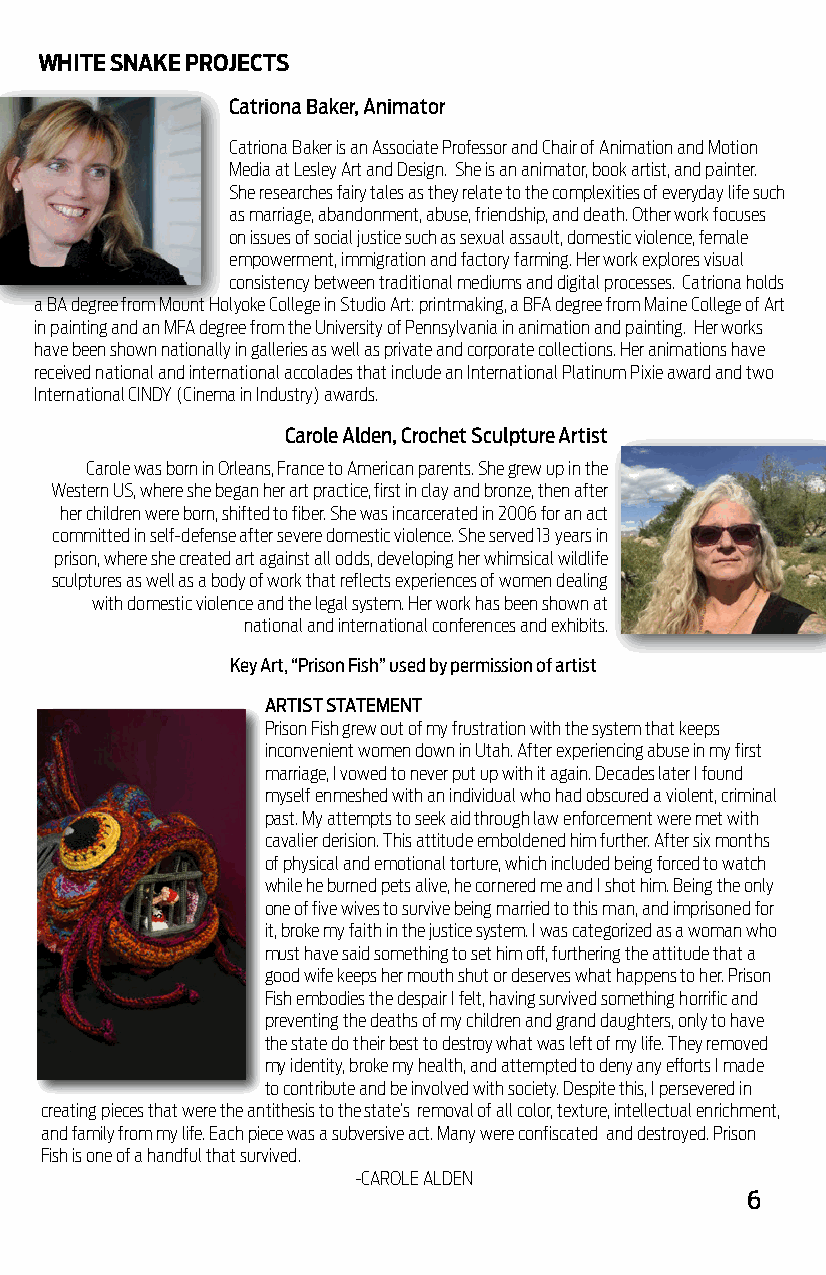
WHITE SNAKE PROJECTS
 Catriona Baker, Animator
 Catriona Baker is an Associate Professor and Chair of Animation and Motion
 Media at Lesley Art and Design. She is an animator, book artist, and painter.
 She researches fairy tales as they relate to the complexities of everyday life such
 as marriage, abandonment, abuse, friendship, and death. Other work focuses
 on issues of social justice such as sexual assault, domestic violence, female
 empowerment, immigration and factory farming. Her work explores visual
 consistency between traditional mediums and digital processes. Catriona holds
 a BA degree from Mount Holyoke College in Studio Art: printmaking, a BFA degree from Maine College of Art
 in painting and an MFA degree from the University of Pennsylvania in animation and painting. Her works
 have been shown nationally in galleries as well as private and corporate collections. Her animations have
 received national and international accolades that include an International Platinum Pixie award and two
 International CINDY (Cinema in Industry) awards.
 Carole Alden, Crochet Sculpture Artist
 Carole was born in Orleans, France to American parents. She grew up in the
 Western US, where she began her art practice, first in clay and bronze, then after
 her children were born, shifted to fiber. She was incarcerated in 2006 for an act
 committed in self-defense after severe domestic violence. She served 13 years in
 prison, where she created art against all odds, developing her whimsical wildlife
 sculptures as well as a body of work that reflects experiences of women dealing
 with domestic violence and the legal system. Her work has been shown at
 national and international conferences and exhibits.
 Key Art, “Prison Fish” used by permission of artist
 ARTIST STATEMENT
 Prison Fish grew out of my frustration with the system that keeps
 inconvenient women down in Utah. After experiencing abuse in my first
 marriage, I vowed to never put up with it again. Decades later I found
 myself enmeshed with an individual who had obscured a violent, criminal
 past. My attempts to seek aid through law enforcement were met with
 cavalier derision. This attitude emboldened him further. After six months
 of physical and emotional torture, which included being forced to watch
 while he burned pets alive, he cornered me and I shot him. Being the only
 one of five wives to survive being married to this man, and imprisoned for
 it, broke my faith in the justice system. I was categorized as a woman who
 must have said something to set him off, furthering the attitude that a
 good wife keeps her mouth shut or deserves what happens to her. Prison
 Fish embodies the despair I felt, having survived something horrific and
 preventing the deaths of my children and grand daughters, only to have
 the state do their best to destroy what was left of my life. They removed
 my identity, broke my health, and attempted to deny any efforts I made
 to contribute and be involved with society. Despite this, I persevered in
 creating pieces that were the antithesis to the state’s removal of all color, texture, intellectual enrichment,
 and family from my life. Each piece was a subversive act. Many were confiscated and destroyed. Prison
 Fish is one of a handful that survived.
 -CAROLE ALDEN
 6